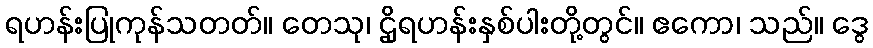
ရဟန်းပြုကုန်သတတ်။ တေသု၊ ဌိုရဟန်းနှစ်ပါးတို့တွင်။ ဧကော၊ သည်။ ဒွေ